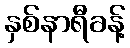
နှစ်နာရီခန့်